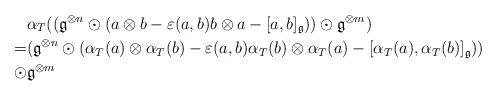
LaTeX: \begin{align*}&\alpha_{T}((\mathfrak{g}^{\otimes n} \odot (a\otimes b-\varepsilon(a,b)b\otimes a -[a,b]_{\mathfrak{g}}) ) \odot \mathfrak{g}^{\otimes m})\\=&(\mathfrak{g}^{\otimes n} \odot (\alpha_{T}(a)\otimes \alpha_{T}(b)-\varepsilon(a,b)\alpha_{T}(b)\otimes \alpha_{T}(a) -[\alpha_{T}(a),\alpha_{T}(b)]_{\mathfrak{g}}) )\\\odot& \mathfrak{g}^{\otimes m}\end{align*}